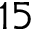
1 5